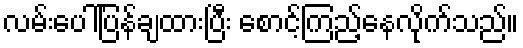
လမ်းပေါ်ပြန်ချထားပြီး စောင့်ကြည့်နေလိုက်သည်။